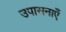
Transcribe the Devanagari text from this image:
उपासनाएँ